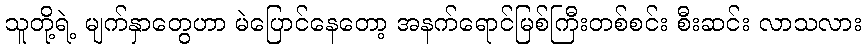
သူတို့ရဲ့ မျက်နှာတွေဟာ မဲပြောင်နေတော့ အနက်ရောင်မြစ်ကြီးတစ်စင်း စီးဆင်း လာသလား